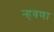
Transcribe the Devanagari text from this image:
न्हवणा